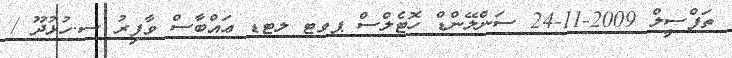
ތަފްސީލް 2009-11-24 ސަންލޭންޑް ހޮޓެލްސް ޕވޓ ލޓޑ ޢައްބާސް ވާފިރު ސ.ހުޅުދޫ /